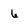
Character: 6